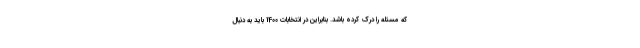
که مسئله را درک کرده باشد. بنابراین در انتخابات 1400 باید به دنبال